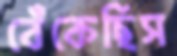
বেঁকেছিস